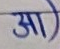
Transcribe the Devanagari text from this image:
आ